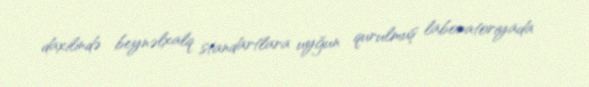
daxilində beynəlxalq standartlara uyğun qurulmuş laboratoriyada